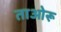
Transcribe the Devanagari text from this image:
ताओरू